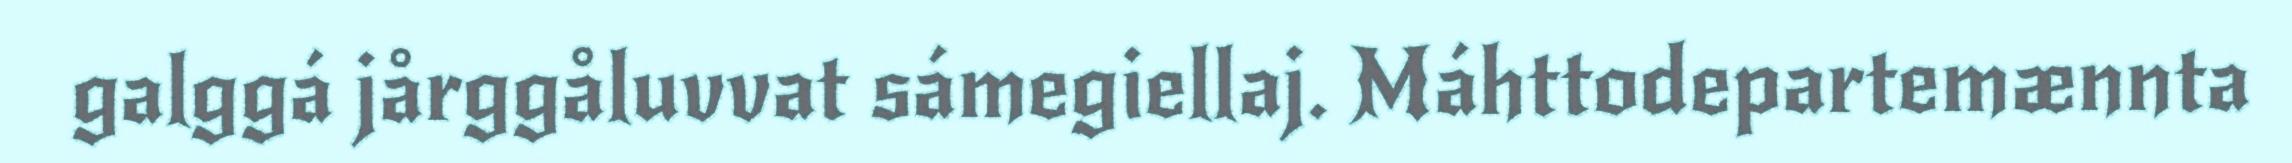
galggá jårggåluvvat sámegiellaj. Máhttodepartemænnta